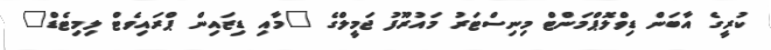
ކުރީގެ އާބަން ޑިވްލޮޕްމަންޓް މިނިސްޓަރު މައުރޫފު ޖަމީލްގެ "މާއި ޑިޒައިން ޕްރައިވެޓް ލިމިޓެޑް"